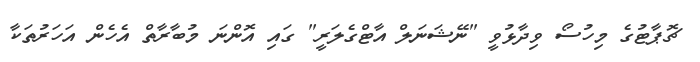
ޗޮޕާޓުގެ މިހުސޯ ވިދާޅުވީ "ނޭޝަނަލް އާޓްގެލަރީ" ގައި އޮންނަ މުބާރާތް އެހެން އަހަރުތަކާ